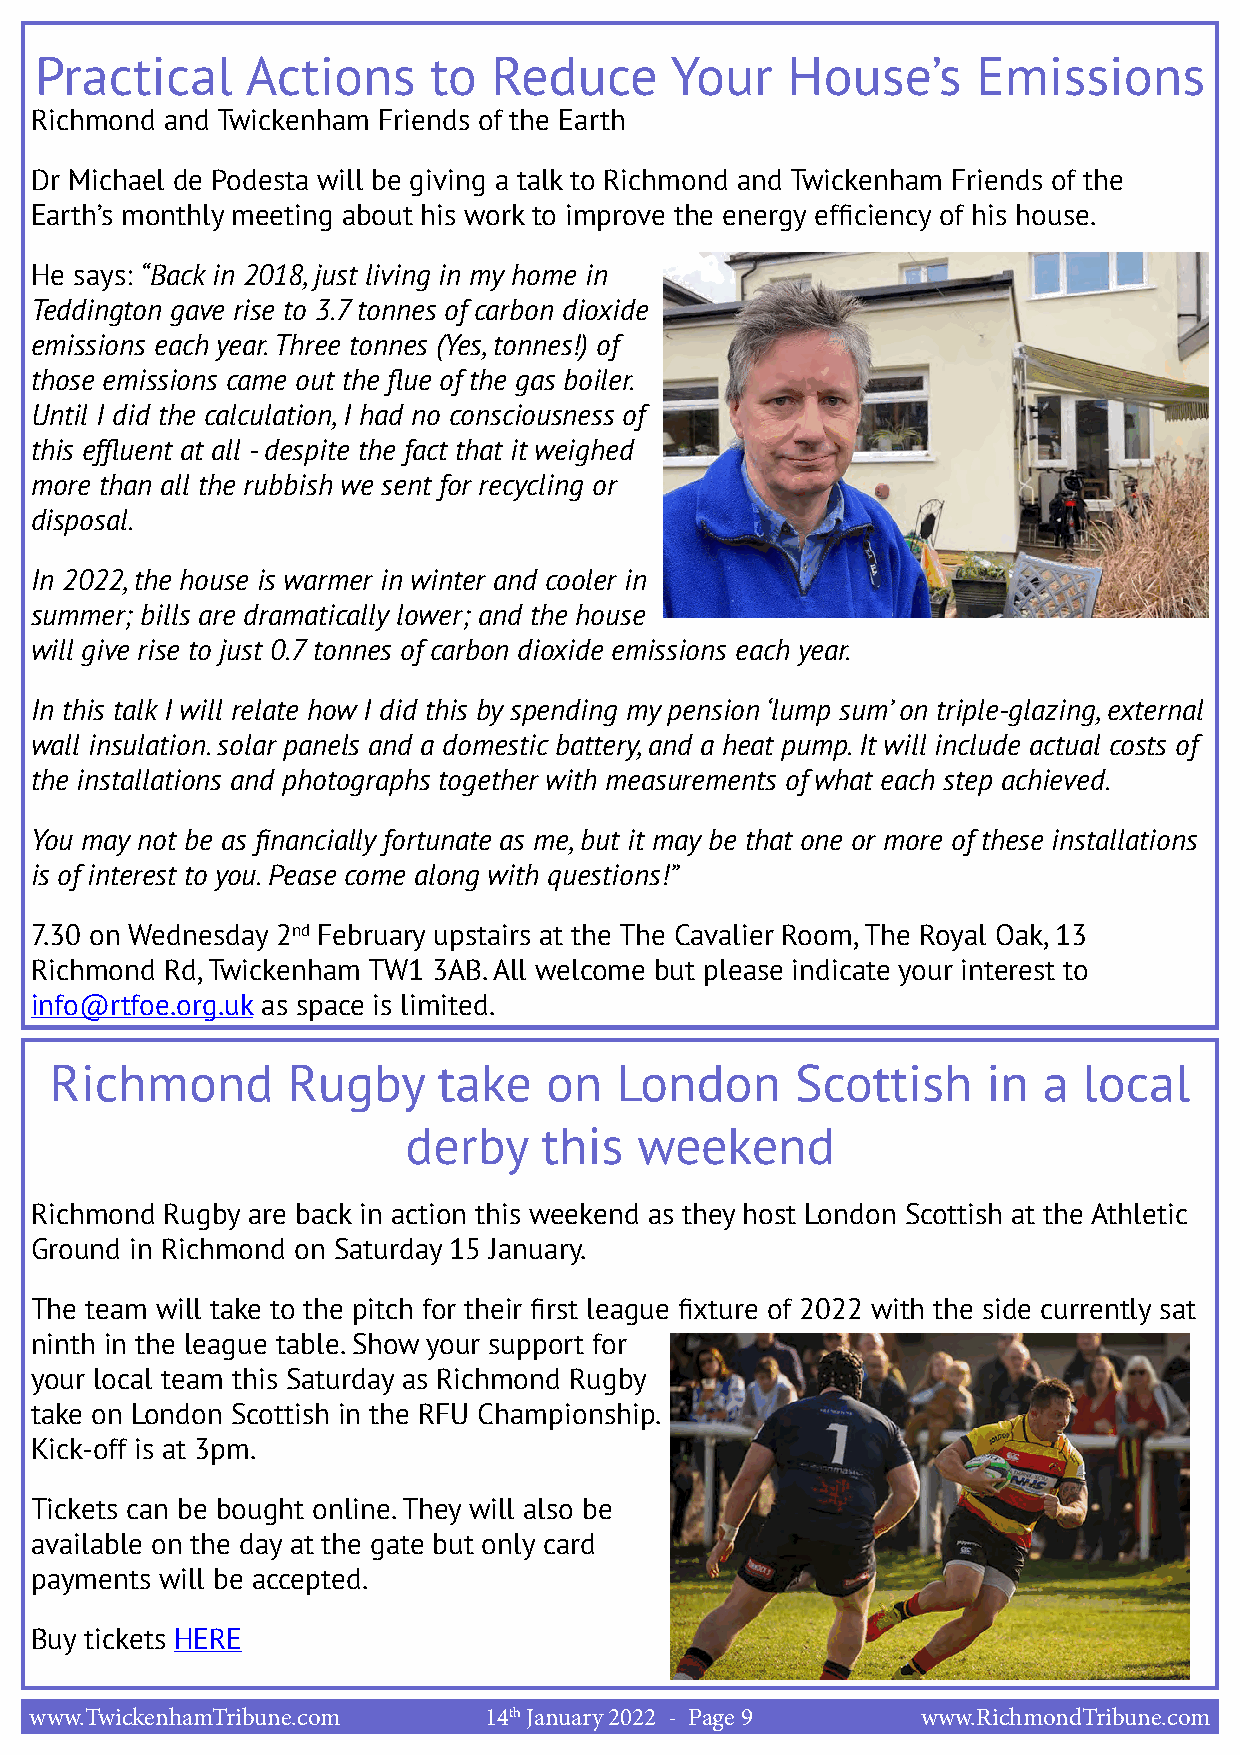
Practical     Actions     to   Reduce     Your    House’s      Emissions
 Richmond and Twickenham Friends of the Earth
 Dr Michael de Podesta will be giving a talk to Richmond and Twickenham Friends of the
 Earth’s monthly meeting about his work to improve the energy efficiency of his house.
 He says: “Back in 2018, just living in my home in
 Teddington gave rise to 3.7 tonnes of carbon dioxide
 emissions each year. Three tonnes (Yes, tonnes!) of
 those emissions came out the flue of the gas boiler.
 Until I did the calculation, I had no consciousness of
 this effluent at all - despite the fact that it weighed
 more than all the rubbish we sent for recycling or
 disposal.
 In 2022, the house is warmer in winter and cooler in
 summer; bills are dramatically lower; and the house
 will give rise to just 0.7 tonnes of carbon dioxide emissions each year.
 In this talk I will relate how I did this by spending my pension ‘lump sum’ on triple-glazing, external
 wall insulation. solar panels and a domestic battery, and a heat pump. It will include actual costs of
 the installations and photographs together with measurements of what each step achieved.
 You may not be as financially fortunate as me, but it may be that one or more of these installations
 is of interest to you. Pease come along with questions!”
 7.30 on Wednesday 2nd February upstairs at the The Cavalier Room, The Royal Oak, 13
 Richmond Rd, Twickenham TW1 3AB. All welcome but please indicate your interest to
 info@rtfoe.org.uk as space is limited.
 Richmond        Rugby     take   on   London      Scottish    in  a  local
 derby    this  weekend
 Richmond Rugby are back in action this weekend as they host London Scottish at the Athletic
 Ground in Richmond on Saturday 15 January.
 The team will take to the pitch for their first league fixture of 2022 with the side currently sat
 ninth in the league table. Show your support for
 your local team this Saturday as Richmond Rugby
 take on London Scottish in the RFU Championship.
 Kick-off is at 3pm.
 Tickets can be bought online. They will also be
 available on the day at the gate but only card
 payments will be accepted.
 Buy tickets HERE
 www.TwickenhamTribune.com     14th January 2022 - Page 9   www.RichmondTribune.com